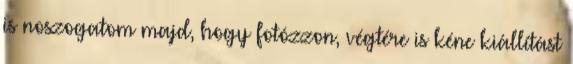
is noszogatom majd, hogy fotózzon, végtére is kéne kiállítást